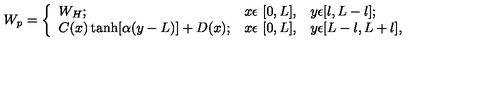
W _ { p } = \left\{ \begin{array} { l l l } { W _ { H } ; } & { x \epsilon \ [ 0 , L ] , } & { y \epsilon [ l , L - l ] ; } \\ { C ( x ) \tanh [ \alpha ( y - L ) ] + D ( x ) ; } & { x \epsilon \ [ 0 , L ] , } & { y \epsilon [ L - l , L + l ] , } \\ \end{array} \right.